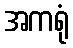
အကရုံ